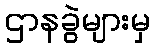
ဌာနခွဲများမှ